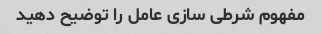
مفهوم شرطی سازی عامل را توضیح دهید